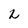
Character: L